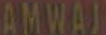
AMWAJ